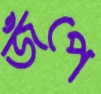
জঁপে